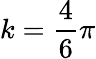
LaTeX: k=\frac{4}{6}\pi